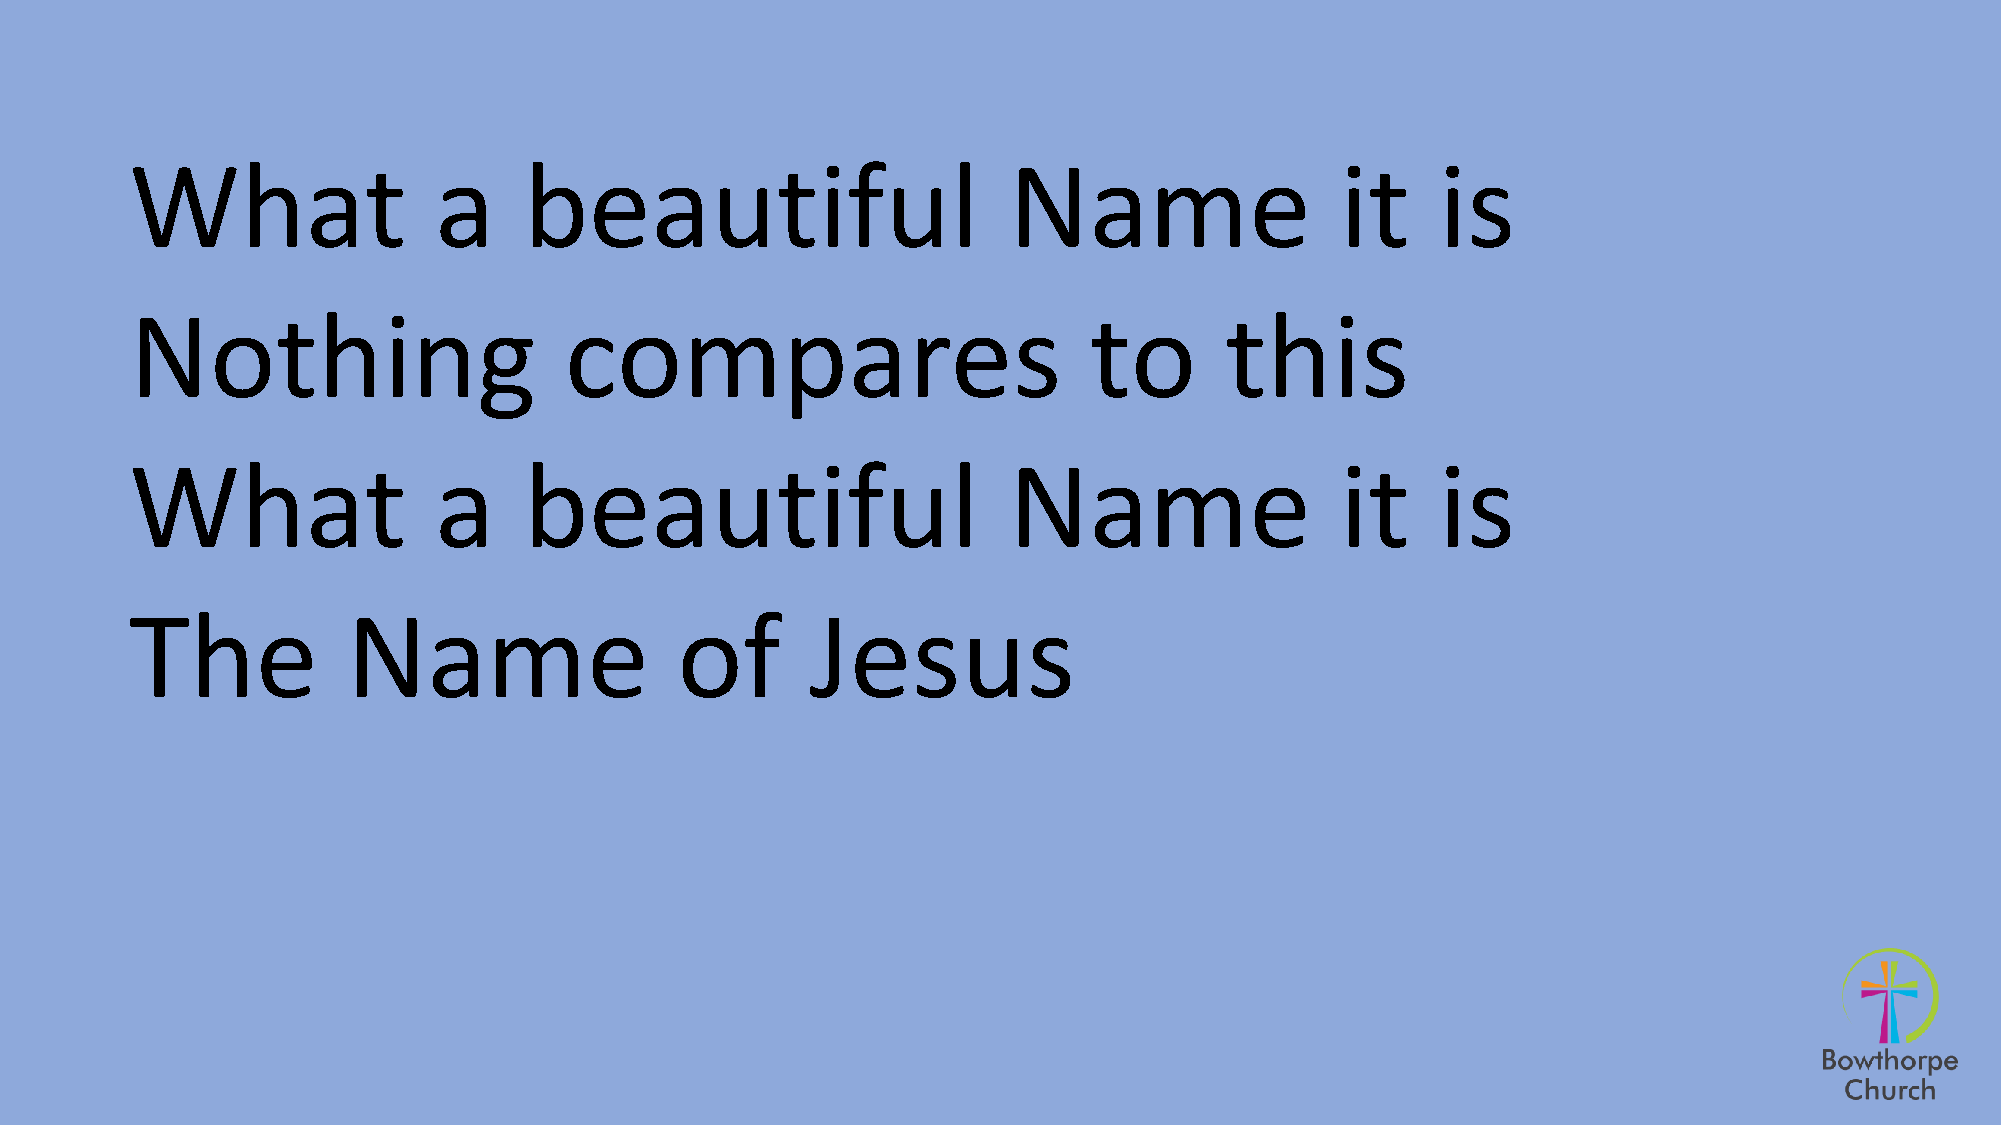
What                a     beautiful                       Name                  it    is
 Nothing                     compares                           to       this
 What                a     beautiful                       Name                  it    is
 The           Name                  of       Jesus